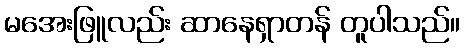
မအေးဖြူလည်း ဆာနေရှာတန် တူပါသည်။